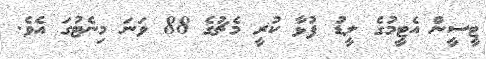
ޓީސީން އެޓީމުގެ ލީޑު ފުޅާ ކުރީ މެޗުގެ 88 ވަނަ މިނެޓުގަ އެވެ.